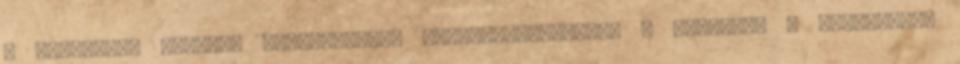
a szabadidő hasznos eltöltésének megszervezésében. A könyvtár a törvényben